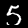
Digit: 5